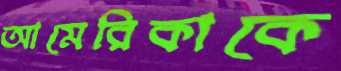
আমেরিকাকে